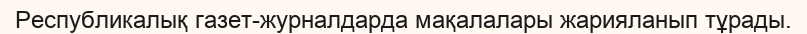
Республикалық газет-журналдарда мақалалары жарияланып тұрады.